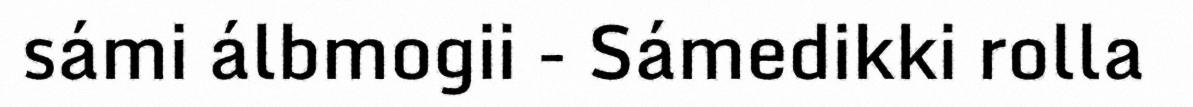
sámi álbmogii - Sámedikki rolla